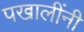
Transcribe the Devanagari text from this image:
पखालींनी